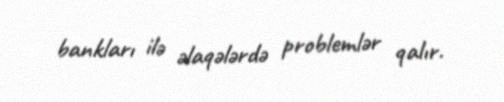
bankları ilə əlaqələrdə problemlər qalır.